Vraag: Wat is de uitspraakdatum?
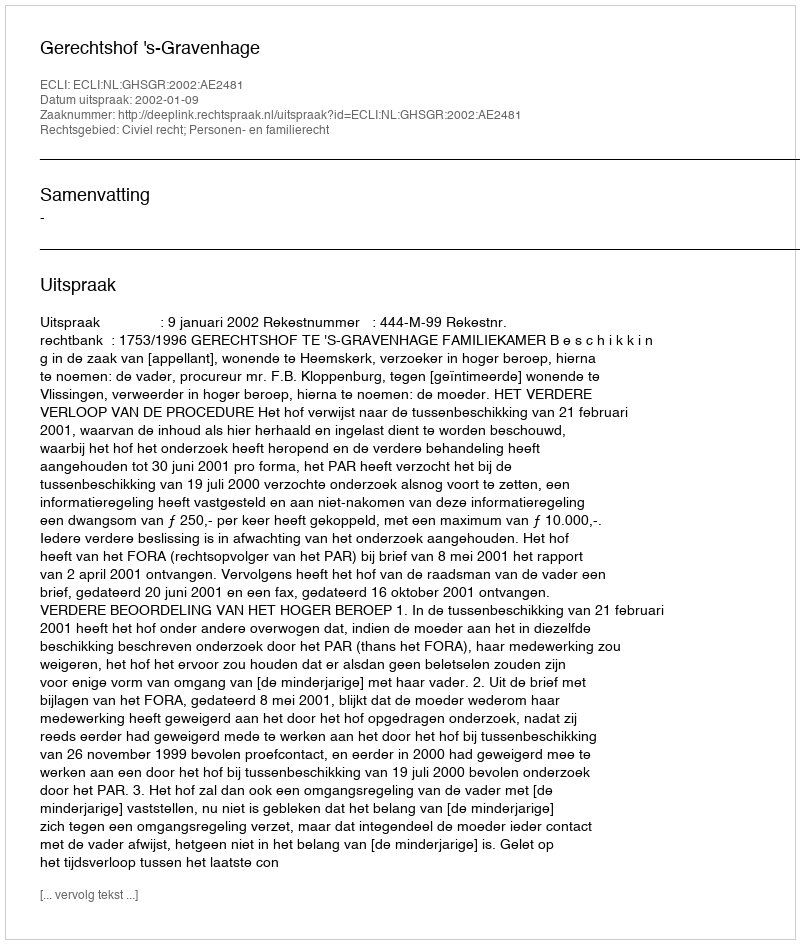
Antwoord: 2002-01-09